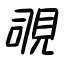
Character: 覗